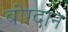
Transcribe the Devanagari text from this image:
बोग्दान